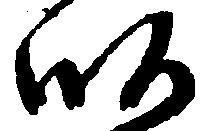
畝